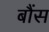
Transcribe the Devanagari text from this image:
बौंस